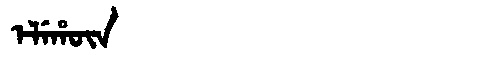
Manchu: ᡝᠯᡝᡥᡡᠨ
Romanization: ELEHŪN